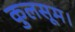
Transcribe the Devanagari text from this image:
कुलसूम।